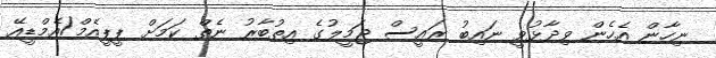
ނިހާން އެހެން ވިދާޅުވީ ނައިބު ރައީސް ޖަމީލުގެ އިތުބާރު ނެތް ކަމަށް ޕީޕީއެމް/އެމްޑީއޭ